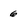
Character: 6